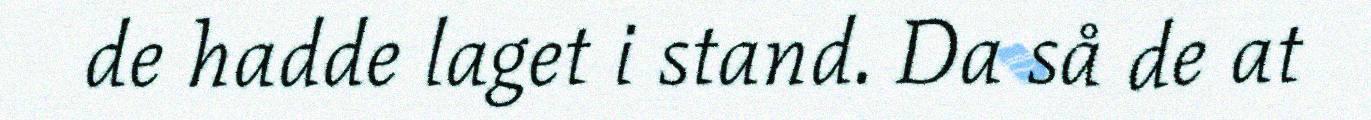
de hadde laget i stand. Da så de at